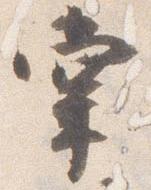
掌